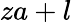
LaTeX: za+l